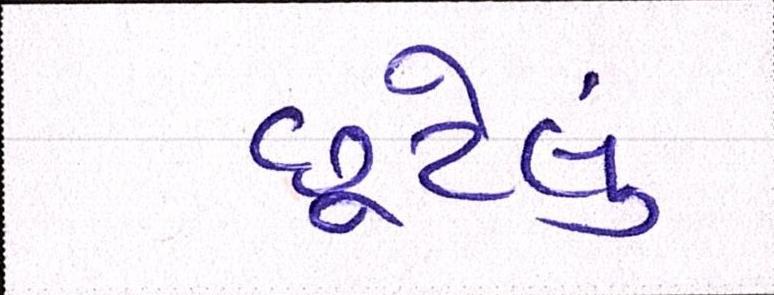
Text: છૂટેલું